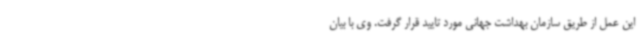
این عمل از طریق سازمان بهداشت جهانی مورد تایید قرار گرفت. وی با بیان